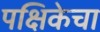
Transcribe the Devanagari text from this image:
पक्षिकेचा